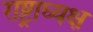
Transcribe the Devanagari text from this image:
राष्ट्राघ्यक्ष